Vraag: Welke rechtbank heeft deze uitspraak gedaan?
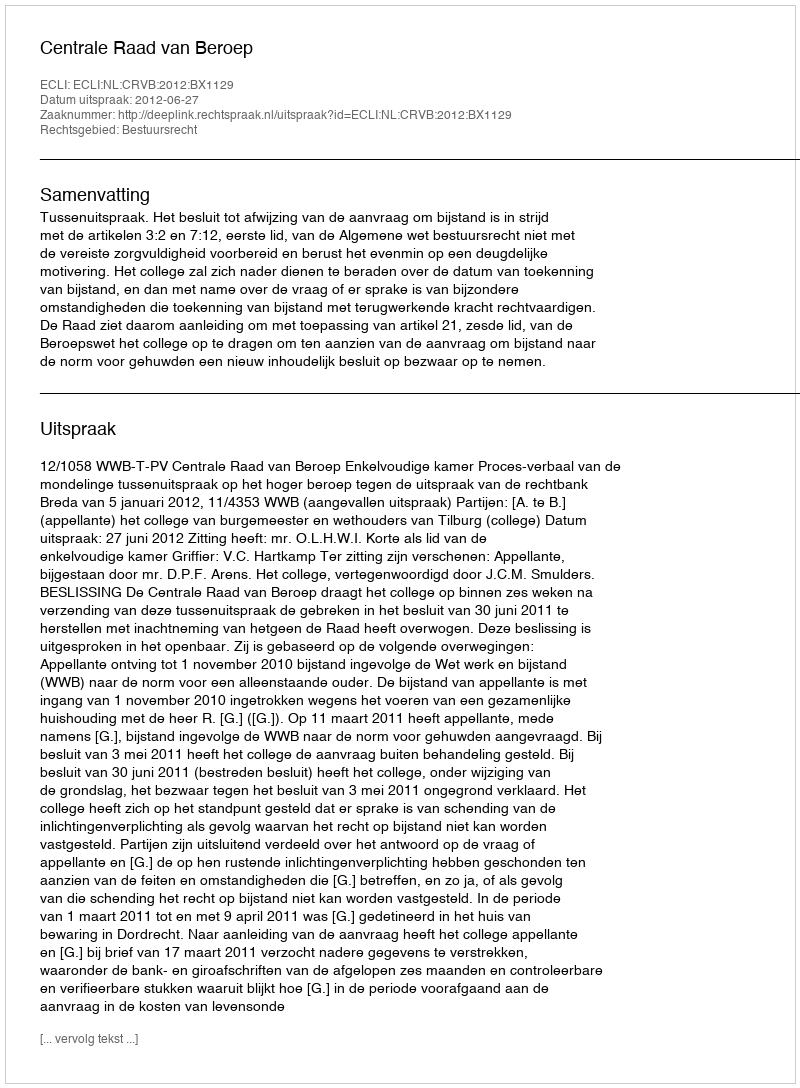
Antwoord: Centrale Raad van Beroep